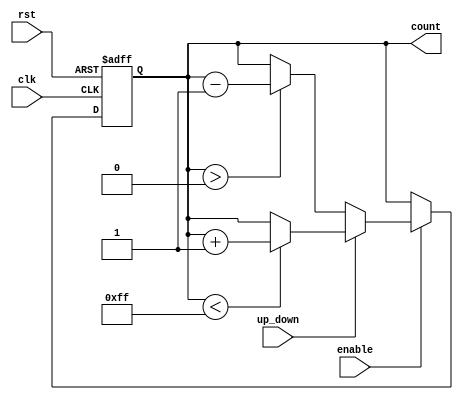
module pulse_counter (
    input wire clk,              // Pulse input
    input wire rst,              // Asynchronous reset input
    input wire up_down,          // Count direction: 1 for up, 0 for down
    input wire enable,           // Enable signal
    output reg [7:0] count       // Count output (8-bit for counting 0-255)
);

// Define maximum and minimum values
parameter MAX_COUNT = 8'd255;
parameter MIN_COUNT = 8'd0;

// Always block for counting
always @(posedge clk or posedge rst) begin
    if (rst) begin
        count <= MIN_COUNT;      // Reset the counter to zero
    end else if (enable) begin
        // Count based on the up_down signal
        if (up_down) begin
            if (count < MAX_COUNT) begin
                count <= count + 1;  // Increment count
            end
            // Optional: Handle overflow
            // else count <= MIN_COUNT; // Uncomment if wrap around desired
        end else begin
            if (count > MIN_COUNT) begin
                count <= count - 1;  // Decrement count
            end
            // Optional: Handle underflow
            // else count <= MAX_COUNT; // Uncomment if wrap around desired
        end
    end
end

endmodule